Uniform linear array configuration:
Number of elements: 12
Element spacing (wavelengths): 0.75
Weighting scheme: uniform
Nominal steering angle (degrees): -45
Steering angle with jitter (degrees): -43.498
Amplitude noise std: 0.05
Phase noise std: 0.05

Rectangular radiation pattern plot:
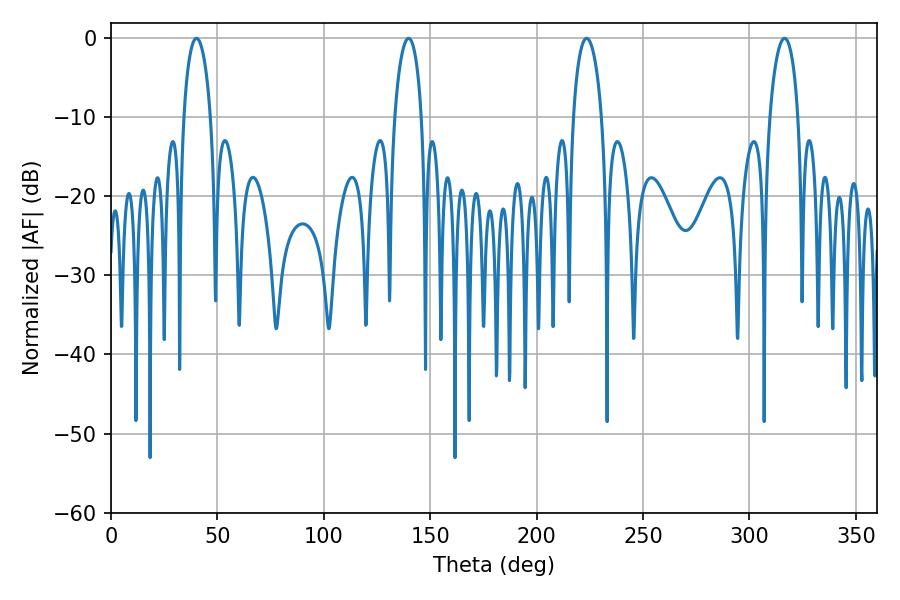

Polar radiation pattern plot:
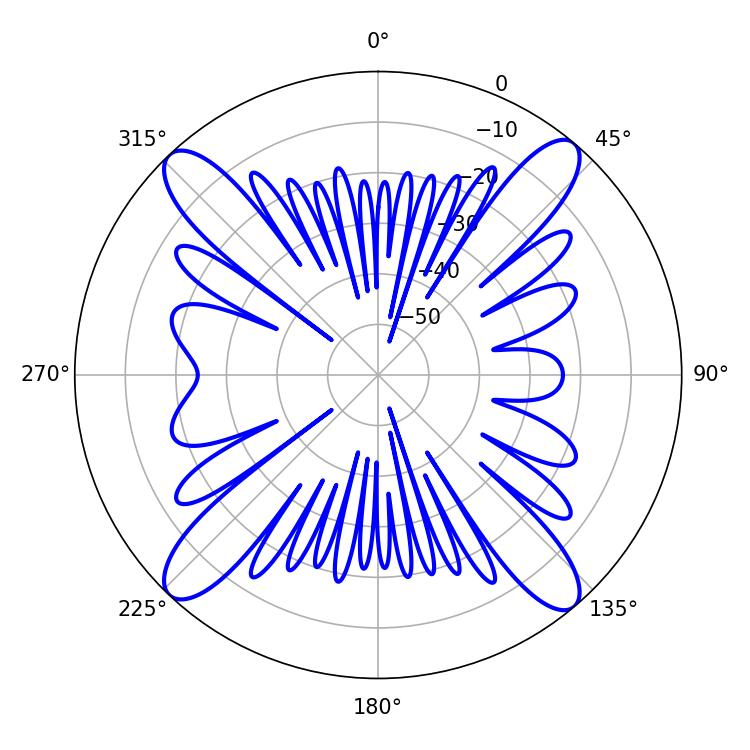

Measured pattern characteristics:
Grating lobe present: TRUE
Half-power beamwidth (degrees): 7.2
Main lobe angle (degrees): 40.14